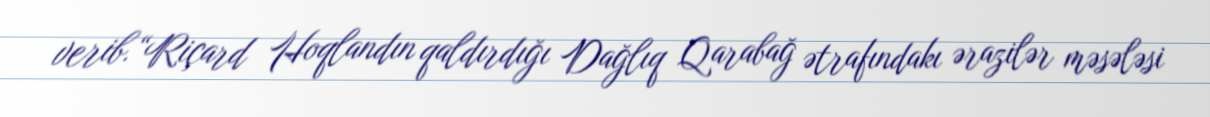
verib.“Riçard Hoqlandın qaldırdığı Dağlıq Qarabağ ətrafındakı ərazilər məsələsi